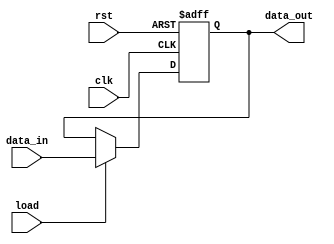
	module register(
		clk,
		rst,
		load,
		data_in,
		data_out
	);
	//parameter 
	parameter data_width = 8;
	//input
	input clk;
	input rst;
	input load;
	input [data_width - 1:0] data_in;
	//output 
	output [data_width - 1:0] data_out;
	
	reg [data_width - 1:0] my_reg;
	assign data_out = my_reg;
	always @ (posedge clk or posedge rst) begin
		if(rst) begin
			my_reg <= 0;
		end else if (load) begin
			my_reg <= data_in;
		end
	end

endmodule